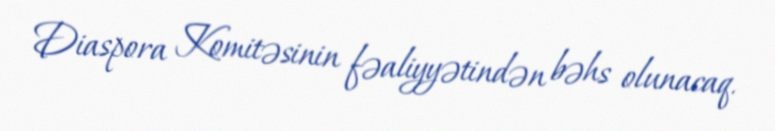
Diaspora Komitəsinin fəaliyyətindən bəhs olunacaq.